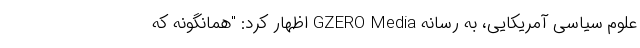
علوم سیاسی آمریکایی، به رسانه GZERO Media اظهار کرد: "همانگونه که